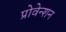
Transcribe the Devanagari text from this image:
प्रोवेन्शन